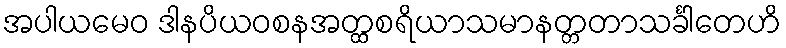
အပါယမေဝ ဒါနပိယဝစနအတ္ထစရိယာသမာနတ္တတာသင်္ခါတေဟိ